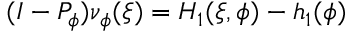
( I - P _ { \phi } ) \nu _ { \phi } ( \xi ) = H _ { 1 } ( \xi , \phi ) - h _ { 1 } ( \phi )